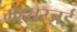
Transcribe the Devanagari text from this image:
मेहतरज़ई